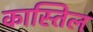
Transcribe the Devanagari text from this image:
कास्तिल